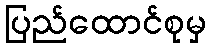
ပြည်ထောင်စုမှ